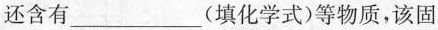
还含有___(填化学式)等物质，该固